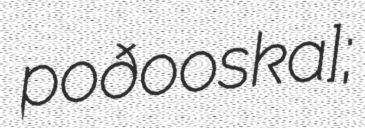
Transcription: poðoˈɾoska];